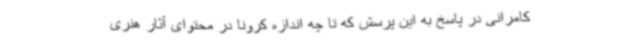
کامرانی در پاسخ به این پرسش که تا چه اندازه کرونا در محتوای آثار هنری